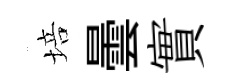
培曇實